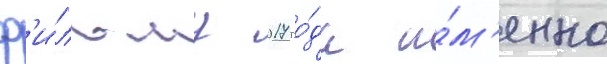
ф'и́льму 2017 го́да и́м'енно